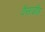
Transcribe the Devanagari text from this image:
वैसाडीह